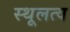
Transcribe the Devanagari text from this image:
स्थूलत्व